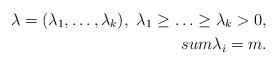
LaTeX: \begin{align*}\lambda = (\lambda_1, \ldots, \lambda_k),\ \lambda_1\geq \ldots \geq \lambda_k>0,\\sum \lambda_i = m. \end{align*}